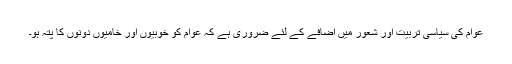
عوام کی سیاسی تربیت اور شعور میں اضافے کے لئے ضروری ہے کہ عوام کو خوبیوں اور خامیوں دونوں کا پتہ ہو۔